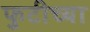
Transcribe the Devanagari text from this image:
फुटीच्या